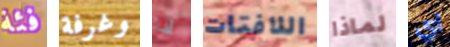
فئة وغرفة لذا اللافتات لماذا أي